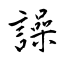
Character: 譟